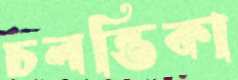
চলন্তিকা